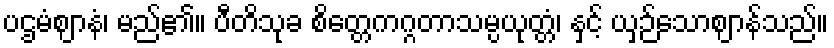
ပဌမံဈာနံ၊ မည်၏။ ပီတိသုခ စိတ္တေကဂ္ဂတာသမ္ပယုတ္တံ၊ နှင့် ယှဉ်သောဈာန်သည်။